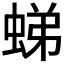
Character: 𧋘